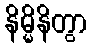
နိမ္မိနိတွာ